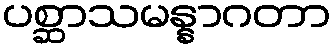
ပစ္ဆာသမန္နာဂတာ